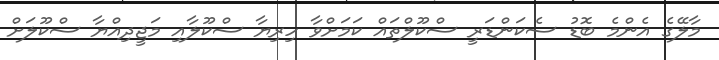
މާލޭގެ އެންމެ ބޮޑު ސެކަންޑަރީ ސްކޫލްތައް ކަމަށްވާ ހިރިޔާ ސްކޫލާއި މަޖީދިއްޔާ ސްކޫލަށް